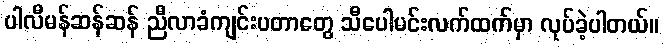
ပါလီမန်ဆန်ဆန် ညီလာခံကျင်းပတာတွေ သီပေါမင်းလက်ထက်မှာ လုပ်ခဲ့ပါတယ်။